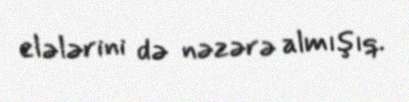
elələrini də nəzərə almışıq.